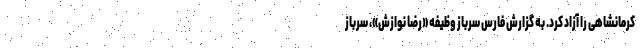
کرمانشاهی را آزاد کرد. به گزارش فارس سرباز وظیفه «رضا نوازش»، سرباز